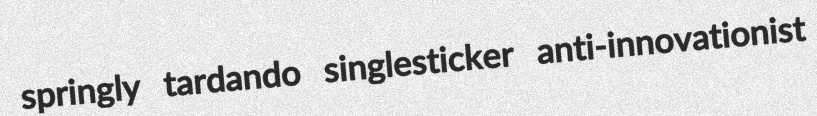
springly tardando singlesticker anti-innovationist